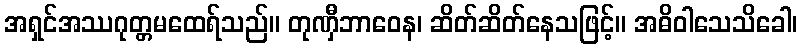
အရှင်အဿဂုတ္တမထေရ်သည်။ တုဏှီဘာဝေန၊ ဆိတ်ဆိတ်နေသဖြင့်။ အဓိဝါသေသိခေါ၊